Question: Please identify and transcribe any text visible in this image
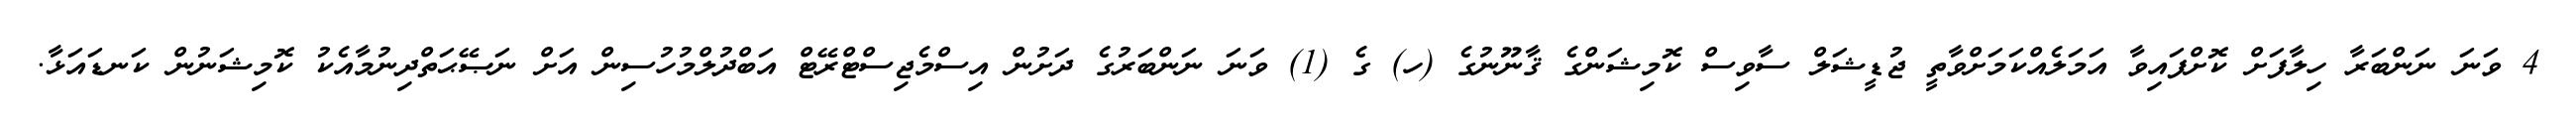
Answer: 4 ވަނަ ނަންބަރާ ހިލާފަށް ކޮށްފައިވާ އަމަލެއްކަމަށްވާތީ ޖުޑީޝަލް ސާވިސް ކޮމިޝަންގެ ޤާނޫނުގެ (ހ) ގެ (1) ވަނަ ނަންބަރުގެ ދަށުން އިސްމެޖިސްޓްރޭޓް އަބްދުލްމުހުސިން އަށް ނަޞޭޙަތްދިނުމާއެކު ކޮމިޝަނުން ކަނޑައަޅާ.